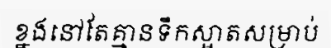
ខ្នងនៅតែគ្មានទឹកស្អាតសម្រាប់